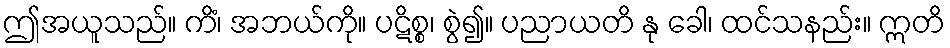
ဤအယူသည်။ ကိံ၊ အဘယ်ကို။ ပဋိစ္စ၊ စွဲ၍။ ပညာယတိ နု ခေါ၊ ထင်သနည်း။ ဣတိ